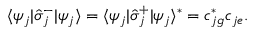
\begin{array} { r } { \langle \psi _ { j } | \hat { \sigma } _ { j } ^ { - } | \psi _ { j } \rangle = \langle \psi _ { j } | \hat { \sigma } _ { j } ^ { + } | \psi _ { j } \rangle ^ { * } = c _ { j g } ^ { * } c _ { j e } . } \end{array}